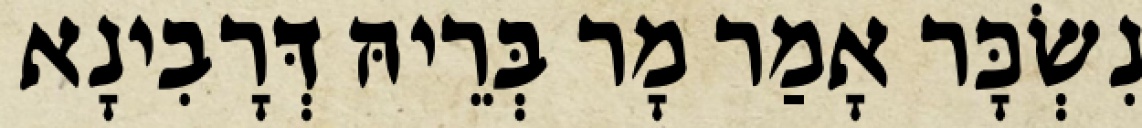
נִשְׂכָּר אָמַר מָר בְּרֵיהּ דְּרָבִינָא